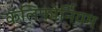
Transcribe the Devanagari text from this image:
कॅलिफोर्नियम